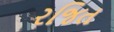
રજિત